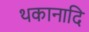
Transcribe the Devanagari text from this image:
थकानादि